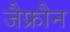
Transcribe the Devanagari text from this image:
जैफ्रौन